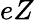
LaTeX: eZ